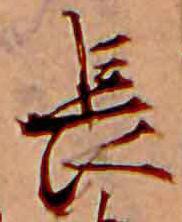
長